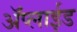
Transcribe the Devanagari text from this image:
ॲप्लाईड